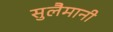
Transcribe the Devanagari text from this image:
सुलैमानी